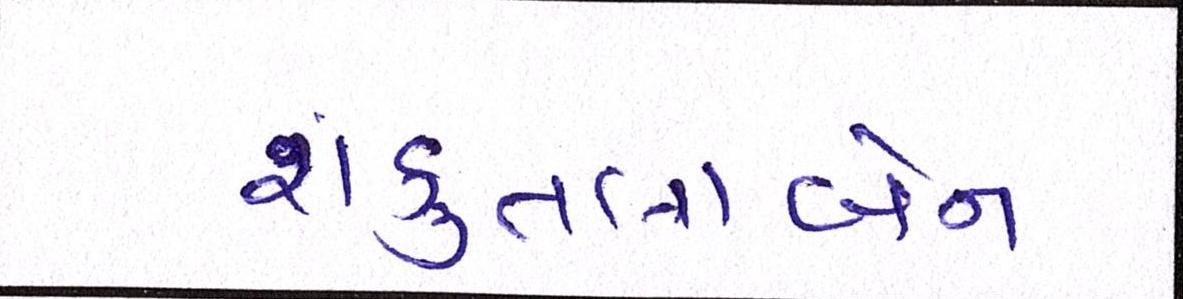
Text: શંકુતલાબેન